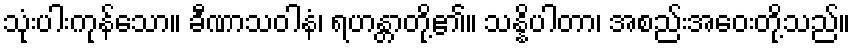
သုံးပါးကုန်သော။ ခီဏာသဝါနံ၊ ရဟန္တာတို့၏။ သန္နိပါတာ၊ အစည်းအဝေးတို့သည်။